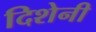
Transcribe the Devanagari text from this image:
दिशेनी